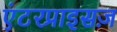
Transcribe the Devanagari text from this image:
एंटरप्राइसज़